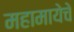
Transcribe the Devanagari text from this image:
महामायेचे